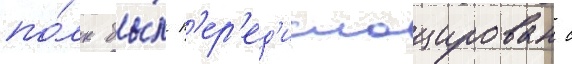
по́лк бы́л п'ер'ед'ислоцирован с